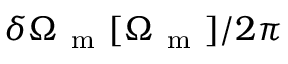
\delta \Omega _ { \mathrm { ~ m ~ } } [ \Omega _ { \mathrm { ~ m ~ } } ] / 2 \pi